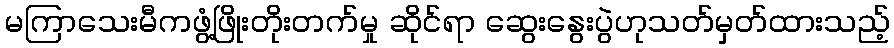
မကြာသေးမီကဖွံ့ဖြိုးတိုးတက်မှု ဆိုင်ရာ ဆွေးနွေးပွဲဟုသတ်မှတ်ထားသည့်